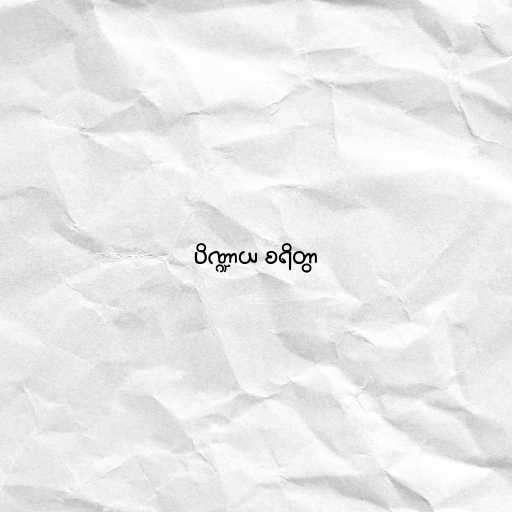
ပိဏ္ဍာယ စရိတွာ